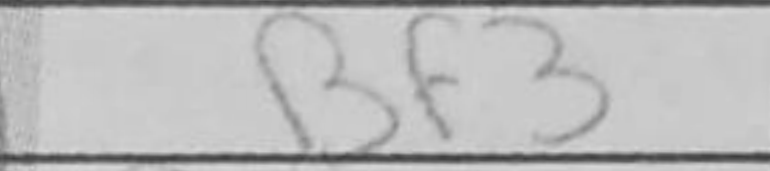
Transcription: Bf3